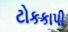
ટોકકાપી